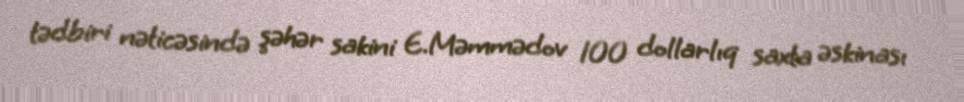
tədbiri nəticəsində şəhər sakini E.Məmmədov 100 dollarlıq saxta əskinası